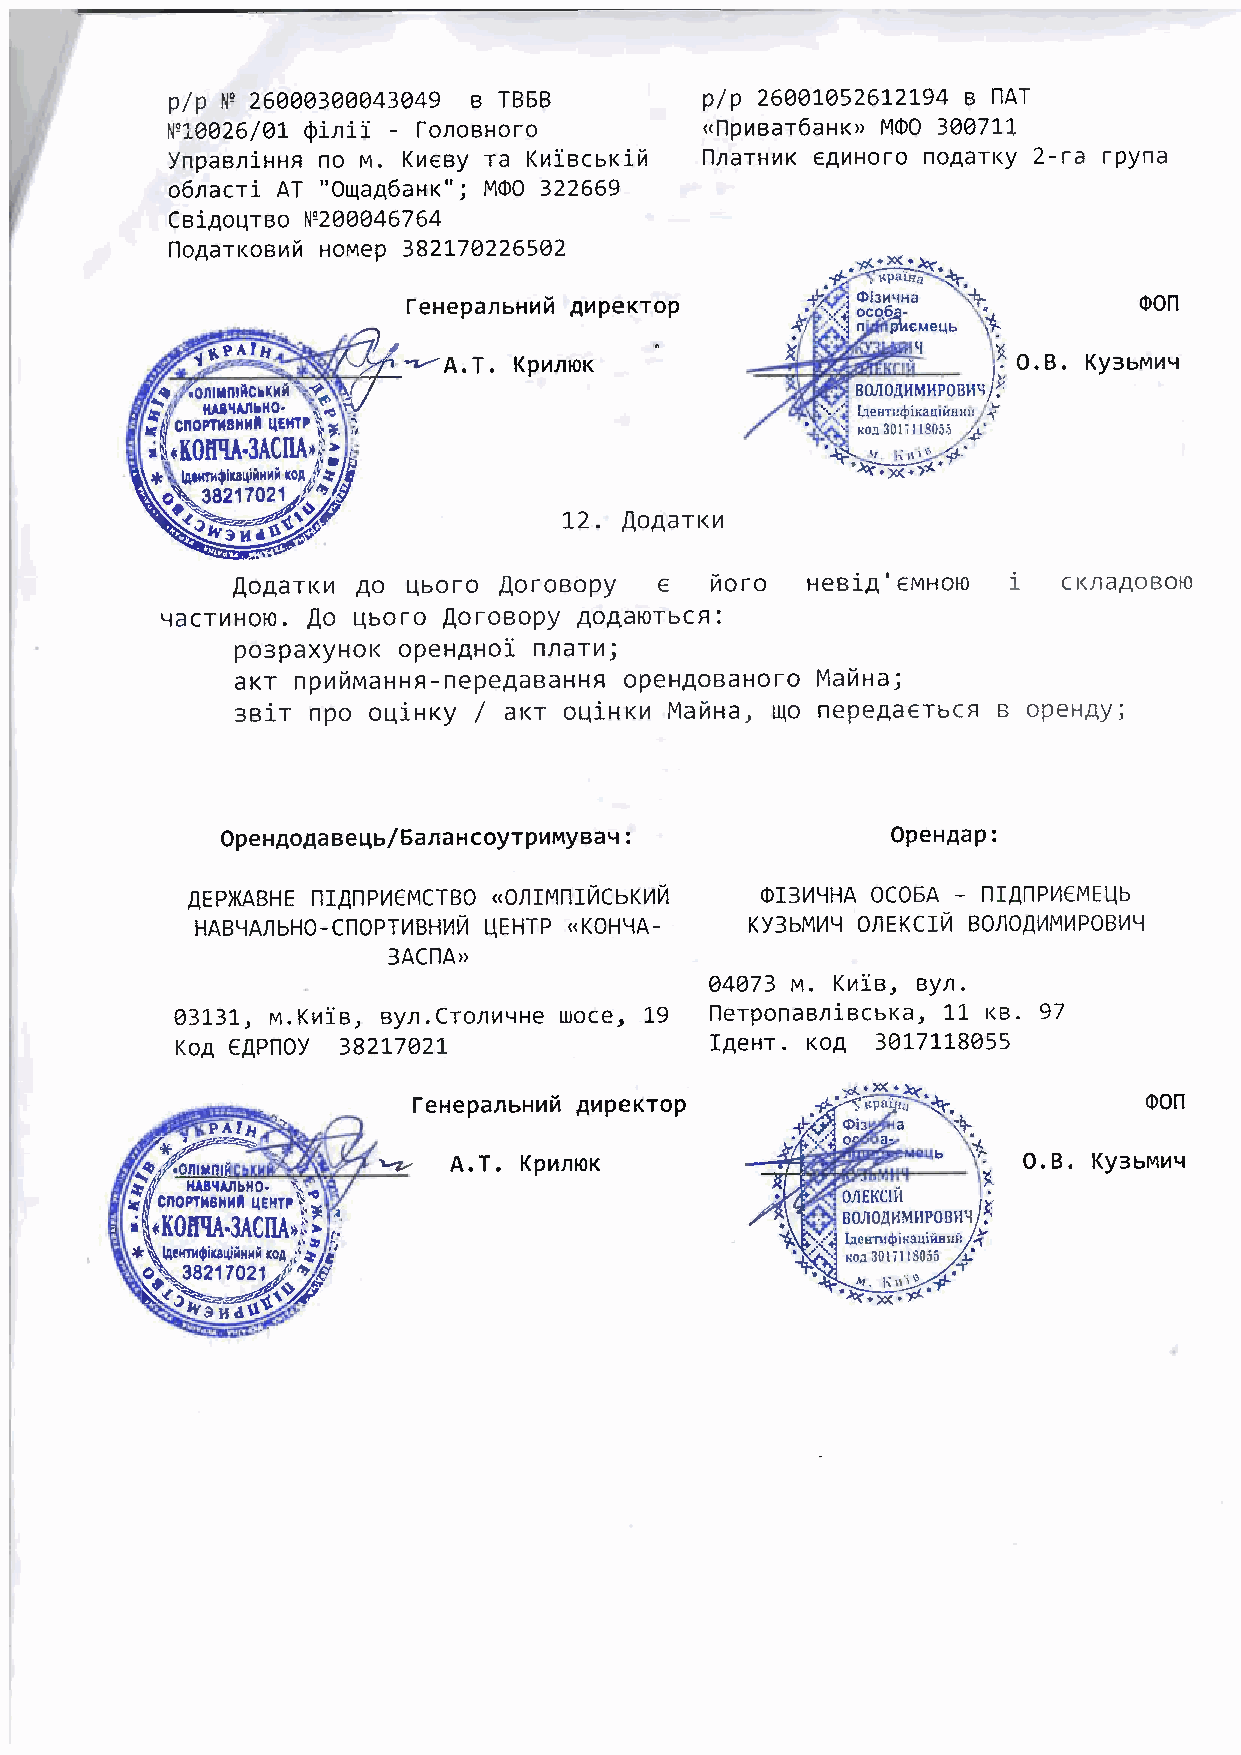
p/p il, 25OOO3gAa43049 I TBEB       p/p 260A705261.2194 B nAT
 N,1OO26/A7 0in11 - fonoBHoro        (npuBar6aHKD 1.100 300711
 ynpaaniHHF no M. Ku€By ra K[iBcbKii n,narHt4K €Al4HoTo noAarKy 2-ra rpyna
 I
 o6nacri AT "0qaA6aHK"; M6O 322669
 CBiAoqrBo l'200046764
 noAarKoB14i Hoqep 382770226502
 feHepanbHl1i Al4peKTop                          oon
 T\tX
 '/ A.7, KpannK                          O. B. Ky3bMx.i
 \t
 w#
 12.
 AoAarK
 AoaarKfi Ao qboro floroBopy  €  t4oro HeBiA'€MHOI0     c KraAoBo]{
 9acr Hor0, ,4o Llboro AofoBopy AoAaorE,cff:
 po3paxyHor( opeHAHol nnar ;
 aKT nphirqaHHt-nepeAaBaHHg opeHAoBaHofo l'4a t H a;
 3Bir npo oqiHKy / aKr oLliHKl,l lYaiHa, uo nepeaa€Tbc F B opeH,qy j
 OpeHAoAaBetlb/6anaHcoyrp14MyBaq :           OPeHAaP:
 AEP)IGBHE NIANP CMCTBO <ONIMNI CbKI4R or3l,19HA 0C06A - nrAnP €llEllb
 HABLIA.nbHo-Cn0PT14BHl4l4 L{EHTP (KOHtlA- Ky3bt4!4Ll 0nEKCrtl B0.n0Al4f414 P0 B 1,4 Ll
 3ACnA'
 @4073 vt. Ky'la, By^.
 93731, t .Ku\B, ayn, CTo,nl{LtHe uloce' 19 nerponaBniBcl,Ka, 'L), t<8. 97
 KoA €APnoY 38277021                IAeHr. KoA 3OI771A@55
 feHeparbHxi                                      00n
 AupeKTop
 T.                                    B.
 A.  KpxrloK                           O.  Ky3br4l4.{
 r'/rdi{il{tr*
 :fi,ioiril.iliiil,i:
 *\u.s-oi..n"ilrrdr.or ri:'r
 o;*8217027.{'